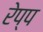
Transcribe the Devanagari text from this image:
रेप्प